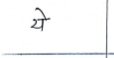
मजकूर: ये